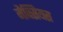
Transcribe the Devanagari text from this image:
मैक्सियस